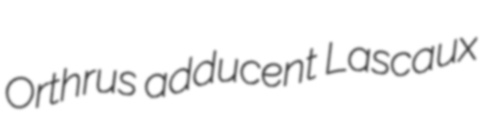
Orthrus adducent Lascaux